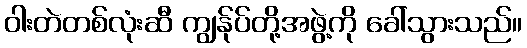
ဝါးတဲတစ်လုံးဆီ ကျွန်ုပ်တို့အဖွဲ့ကို ခေါ်သွားသည်။